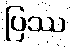
ပြဿ